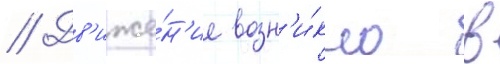
// Дв'иже́н'ие возн'и́кло в